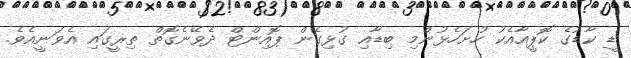
ޑީ ކާޑުގެ ކޮޕީއާއެކު ހުށަހެޅުންމި ބިޑާއި ގުޅިގެން ޕޮއިންޓް ދެވޭނެގޮތް ތިރީގައި އެވަނީއެވެ.